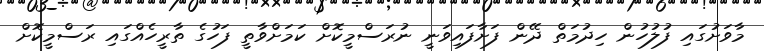
މާވަށުގައި ފުލުހުން ހިދުމަތް ދޭން ފަށާފައިވަނީ ނުރަސްމީކޮށް ކަމަށްވާތީ ފަހުގެ ތާރީހެއްގައި ރަސްމީކޮށް